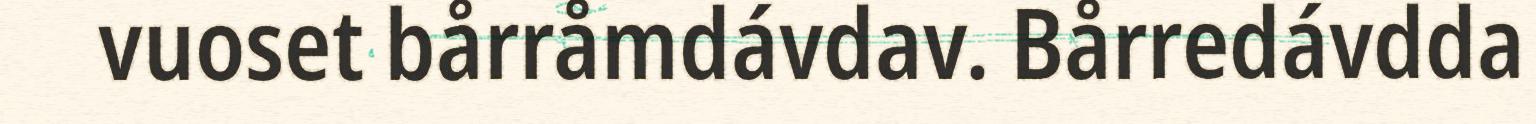
vuoset bårråmdávdav. Bårredávdda